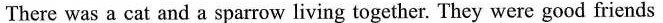
There was a cat and a sparrow living together. They were good friends